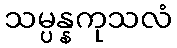
သမ္ပန္နကုသလံ